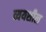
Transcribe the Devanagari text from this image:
व्ययशील